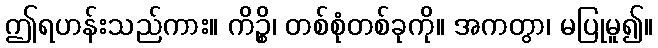
ဤရဟန်းသည်ကား။ ကိဉ္စိ၊ တစ်စုံတစ်ခုကို။ အကတွာ၊ မပြုမူ၍။